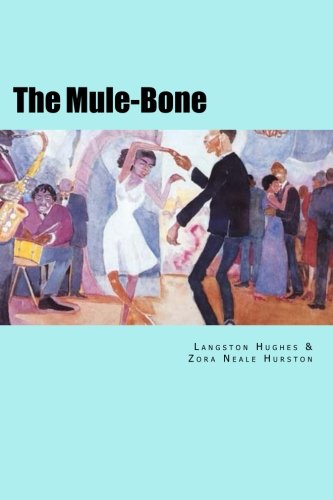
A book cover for The Mule-Bone; Langston Hughes; Literature & Fiction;